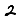
Digit: 2